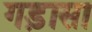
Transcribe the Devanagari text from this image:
गड़ासा